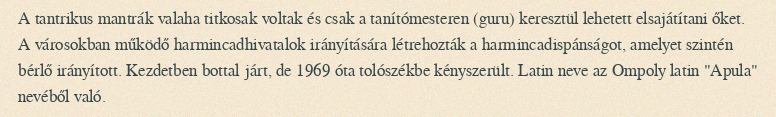
A tantrikus mantrák valaha titkosak voltak és csak a tanítómesteren (guru) keresztül lehetett elsajátítani őket. A városokban működő harmincadhivatalok irányítására létrehozták a harmincadispánságot, amelyet szintén bérlő irányított. Kezdetben bottal járt, de 1969 óta tolószékbe kényszerült. Latin neve az Ompoly latin "Apula" nevéből való.